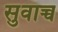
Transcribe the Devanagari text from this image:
सुवाच्च